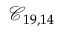
\mathcal { C } _ { 1 9 , 1 4 }